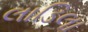
લાડિલા